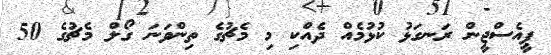
ޕީއެސްޖީން ރަނގަޅު ކުޅުމެއް ދެއްކި މި މެޗުގެ ތިންވަނަ ގޯލް މެޗުގެ 50